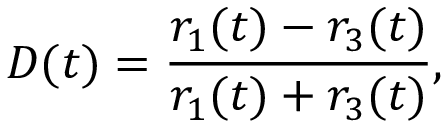
D ( t ) = \frac { r _ { 1 } ( t ) - r _ { 3 } ( t ) } { r _ { 1 } ( t ) + r _ { 3 } ( t ) } ,